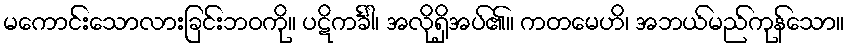
မကောင်းသောလားခြင်းဘဝကို။ ပဋိကင်္ခါ၊ အလိုရှိအပ်၏။ ကတမေဟိ၊ အဘယ်မည်ကုန်သော။